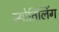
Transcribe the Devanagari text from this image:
ज्योर्तिलिंग